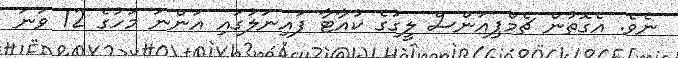
ނެވެ. އެގޮތުން ޗެމްޕިއަންސް ލީގުގެ ކުއާޓާ ފައިނަލުގައި އަންނަ މަހުގެ 12 ވަނަ